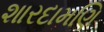
શારદામણિ